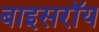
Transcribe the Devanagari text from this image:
बाइसरॉय